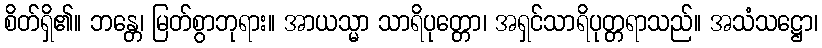
စိတ်ရှိ၏။ ဘန္တေ၊ မြတ်စွာဘုရား။ အာယသ္မာ သာရိပုတ္တော၊ အရှင်သာရိပုတ္တရာသည်။ အသံသဋ္ဌော၊